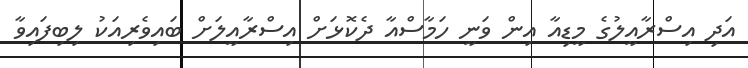
އަދި އިސްރާއީލުގެ މީޑިއާ އިން ވަނީ ހަމާސްއާ ދެކޮޅަށް އިސްރާއީލަށް ބައިވެރިއަކު ލިބިފައިވާ